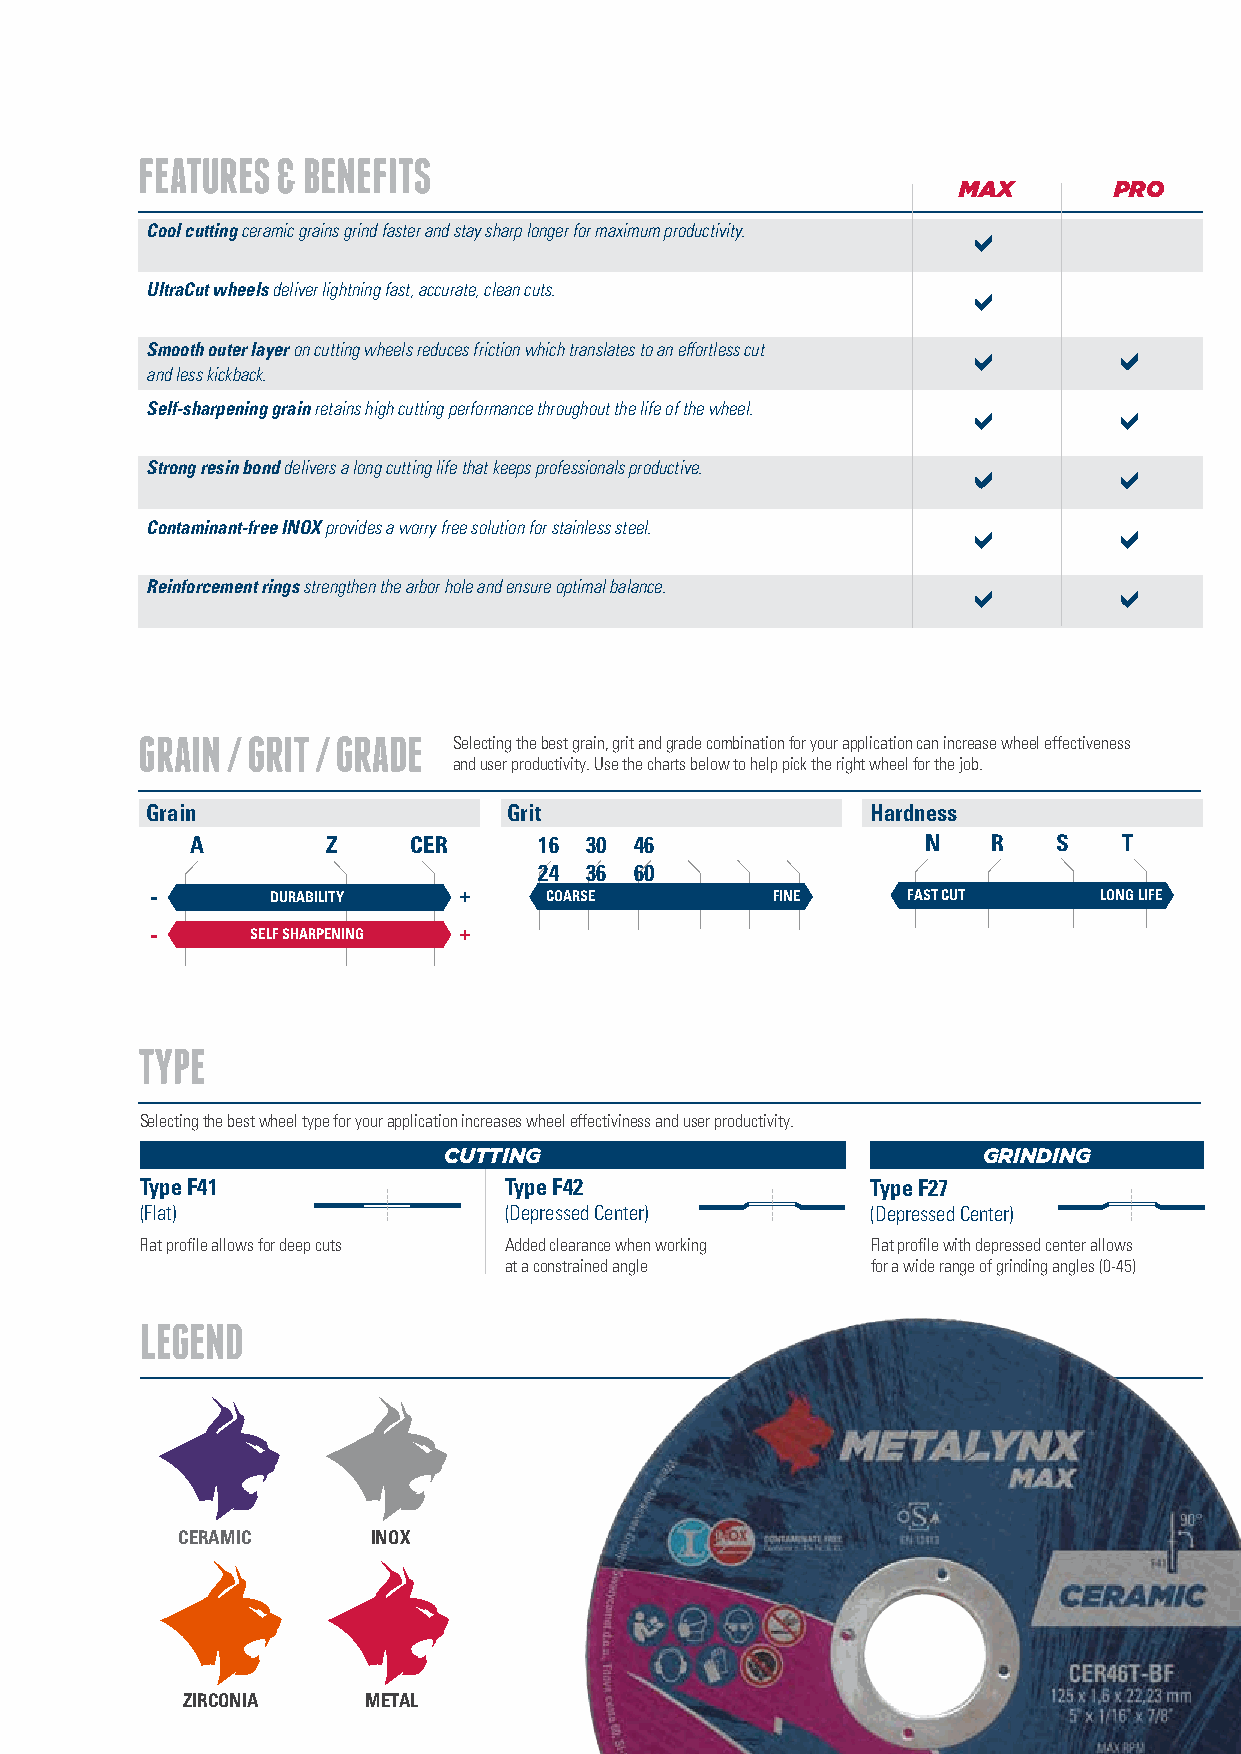
FEATURES & BENEFITS
 MAX        PRO
 Cool cutting ceramic grains grind faster and stay sharp longer for maximum productivity.
 UltraCut wheels deliver lightning fast, accurate, clean cuts.
 Smooth outer layer on cutting wheels reduces friction which translates to an effortless cut
 and less kickback.
 Self-sharpening grain retains high cutting performance throughout the life of the wheel.
 Strong resin bond delivers a long cutting life that keeps professionals productive.
 Contaminant-free INOX provides a worry free solution for stainless steel.
 Reinforcement rings strengthen the arbor hole and ensure optimal balance.
 GRAIN / GRIT / GRADE
 Selecting the best grain, grit and grade combination for your application can increase wheel effectiveness
 and user productivity. Use the charts below to help pick the right wheel for the job.
 Grain                   Grit                    Hardness
 A        Z    CER      16 30 46                 N    R   S   T
 24 36 60
 -       DURABILITY  +     COARSE         FINE     FAST CUT     LONG LIFE
 -      SELF SHARPENING +
 TYPE
 Selecting the best wheel type for your application increases wheel effectiviness and user productivity.
 CUTTING                             GRINDING
 Type F41                Type F42                 Type F27
 (Flat)                  (Depressed Center)       (Depressed Center)
 Flat profile allows for deep cuts Added clearance when working Flat profile with depressed center allows
 at a constrained angle   for a wide range of grinding angles (0-45)
 LEGEND
 CERAMIC      INOX
 ZIRCONIA    METAL                                                  7